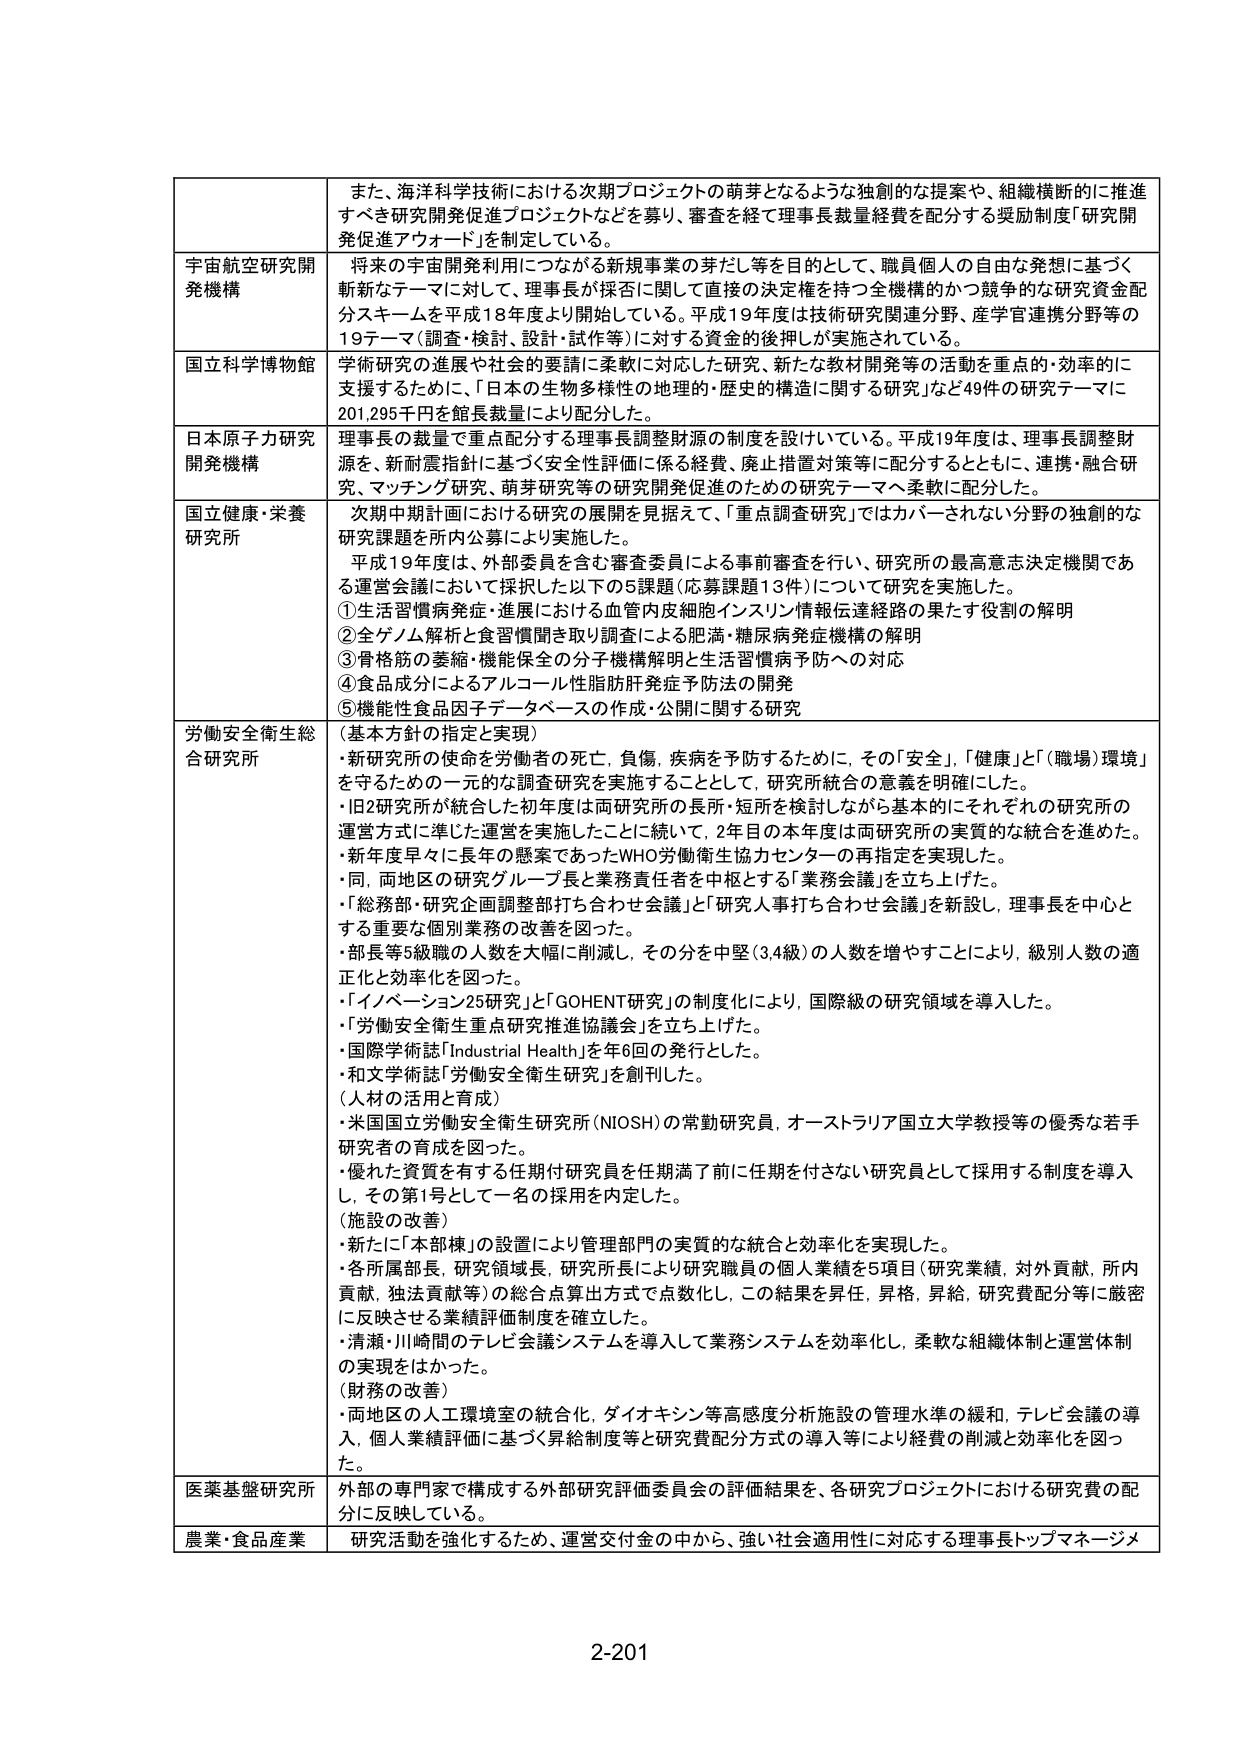
また、海洋科学技術における次期プロジェクトの萌芽となるような独創的な提案や、組織横断的に推進すべき研究開発促進プロジェクトなどを募り、審査を経て理事長裁量経費を配分する奨励制度「研究開発促進アワード」を制定している。

宇宙航空研究開発機構
将来の宇宙開発利用につながる新規事業の芽だし等を目的として、職員個人の自由な発想に基づく斬新なテーマに対して、理事長が採否に関して直接の決定権を持つ全機関のかつ競争的な研究資金配分スキームを平成18年度より開始している。平成19年度は技術研究関連分野、産学官連携分野等の19テーマ（調査・検討、設計・試作等）に対する資金的後押しが実施されている。

国立科学博物館
学術研究の進展や社会的要請に柔軟に対応した研究、新たな教材開発等の活動を重点的・効率的に支援するために、「日本の生物多様性の地理的・歴史的構造に関する研究」など49件の研究テーマに201,295千円を館長裁量により配分した。

日本原子力研究開発機構
理事長の裁量で重点配分する理事長調整財源の制度を設けている。平成19年度は、理事長調整財源を、新耐震指針に基づく安全性評価に係る経費、廃止措置対策等に配分するとともに、連携・融合研究、マッチング研究、萌芽研究等の研究開発促進のための研究テーマへ柔軟に配分した。

国立健康・栄養研究所
次期中期計画における研究の展開を見据えて、「重点調査研究」ではカバーされない分野の独創的な研究課題を所内公募により実施した。
平成19年度は、外部委員を含む審査委員による事前審査を行い、研究所の最高意思決定機関である運営会議において採択した以下の5課題（応募課題13件）について研究を実施した。
①生活習慣病発症・進展における血管内皮細胞インスリン情報伝達経路の果たす役割の解明
②全ゲノム解析と食習慣聞き取り調査による肥満・糖尿病発症機構の解明
③骨格筋の萎縮・機能保全の分子機構解明と生活習慣病予防への対応
④食品成分によるアルコール性脂肪肝発症予防法の開発
⑤機能性食品因子データベースの作成・公開に関する研究

労働安全衛生総合研究所
（基本方針の指定と実現）
・新研究所の使命を労働者の死亡、負傷、疾病を予防するために、その「安全」、「健康」と「（職場）環境」を守るための一元的な調査研究を実施することとして、研究所統合の意義を明確にした。
・旧2研究所が統合した初年度は両研究所の長所・短所を検討しながら基本的にそれぞれの研究所の運営方式に準じた運営を実施したことに続いて、2年目の本年度は両研究所の実質的な統合を進めた。
・新年度早々に長年の懸案であったWHO労働衛生協力センターの再指定を実現した。
・同、両地区の研究グループ長と業務責任者を中枢とする「業務会議」を立ち上げた。
・「総務部・研究企画調整部打ち合わせ会議」と「研究人事打ち合わせ会議」を新設し、理事長を中心とする重要な個別業務の改善を図った。
・部長等5級職の人数を大幅に削減し、その分を中堅（3,4級）の人数を増やすことにより、級別人数の適正化と効率化を図った。
・「イノベーション25研究」と「GOHENT研究」の制度化により、国際級の研究領域を導入した。
・「労働安全衛生重点研究推進協議会」を立ち上げた。
・国際学術誌「Industrial Health」を年6回の発行とした。
・和文学術誌「労働安全衛生研究」を創刊した。
（人材の活用と育成）
・米国国立労働安全衛生研究所（NIOSH）の常勤研究員、オーストラリア国立大学教授等の優秀な若手研究者の育成を図った。
・優れた資質を有する任期付研究員を任期満了前に任期を付けない研究員として採用する制度を導入し、その第1号として一名の採用を内定した。
（施設の改善）
・新たに「本部棟」の設置により管理部門の実質的な統合と効率化を実現した。
・各所属部長、研究領域長、研究所長により研究職員の個人業績を5項目（研究業績、対外貢献、所内貢献、独法貢献等）の総合点算出方式で点数化し、この結果を昇任、昇格、昇給、研究費配分等に厳密に反映させる業績評価制度を確立した。
・清瀬・川崎間のテレビ会議システムを導入して業務システムを効率化し、柔軟な組織体制と運営体制の実現をはかった。
（財務の改善）
・両地区の人工環境室の統合化、ダイオキシン等高感度分析施設の管理水準の緩和、テレビ会議の導入、個人業績評価に基づく昇給制度等と研究費配分方式の導入等により経費の削減と効率化を図った。

医薬基盤研究所
外部の専門家で構成する外部研究評価委員会の評価結果を、各研究プロジェクトにおける研究費の配分に反映している。

農業・食品産業
研究活動を強化するため、運営交付金の中から、強い社会適用性に対応する理事長トップマネージメ

2-201